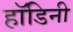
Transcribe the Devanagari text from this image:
हॉडिनी